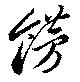
餝